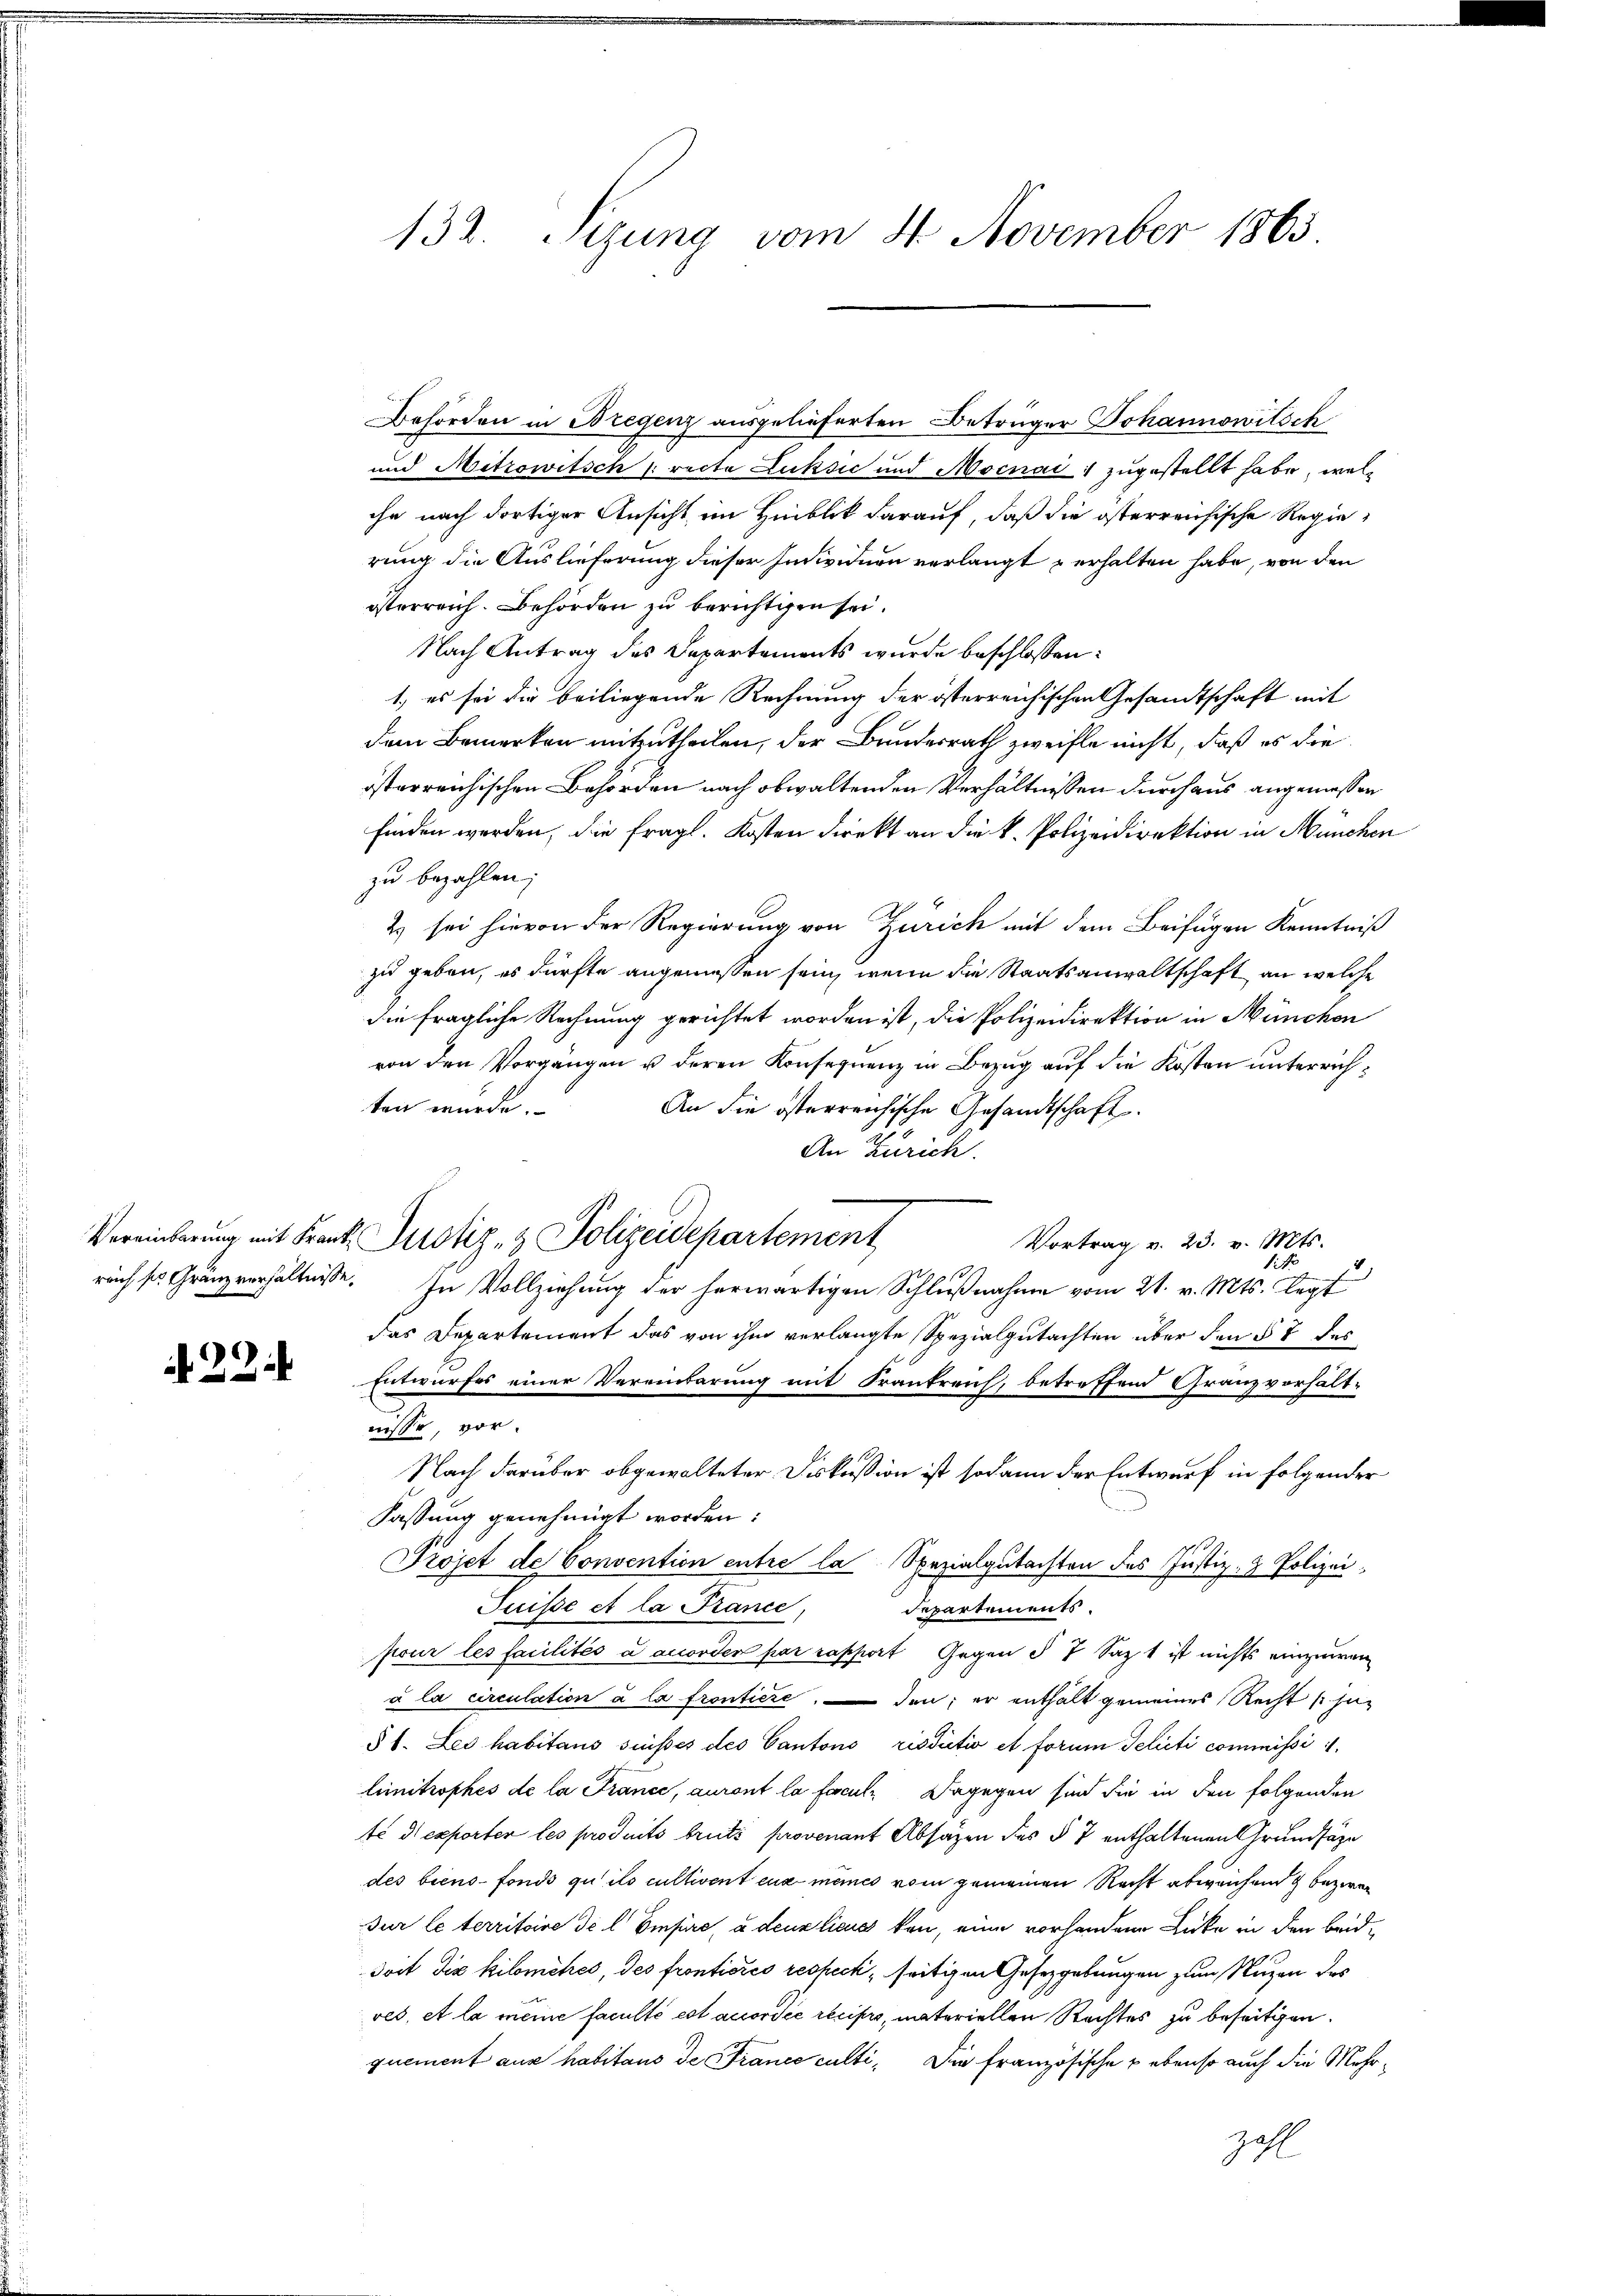
Vereinbarung mit Krant¬

N 22.

132. Sizung vom 4. November 1863.

Behörden in Bregenz ausgelieferten Betrüger Johannowitsch
und Mitrowitsch (recte Luksić und Mocnai zugestellt habe, welchn nach dortiger Ansicht im Hinblick darauf, daß die österreichische Regierung die Auslieferung dieser Individuen verlangt erhalten habe, von den
österreich. Behörden zu berichtigen sei.
Nach Antrag des Departements wurde beschlossen:
1.) es sei die beiliegende Rechnung der österreichischen Gesandtschaft mit
dem Bemerken mitzutheilen, der Bundesrath zweifle nicht, daß es die
österreichischen Behörden nach obwaltenden Verhältnissen durchaus angemessen
finden worden, die fragl. Kosten direkt an die k. Polizeidirektion in München
zu bezahlen;
2 sei hievon der Regierung von Zürich mit dem Beifügen Kenntniß
zu geben, es dürfte angemessen sein, wenn die Staatsanwaltschaft an welche
die fragliche Rechnung gerichtet worden ist, die Polizeidirektion in München
von den Vorgängen u deren Konsequenz in Bezug auf die Kosten unterrichten wurde.
An die österreichische Gesandtschaft.
An Zürich.
 Justiz- & Polizeidepartement
Vortrag v. 23. v. Mts.
in
reich so Gränzverhältnisse. In Vollziehung der herwärtigen Schlußnahme vom 21. v. Mts. legt
das Departement das von ihm verlangte Spezialgutachten über den § 7 des
Entwurfes einer Vereinbarung mit Frankreich, betreffend Granzverhältnisse, vor.
Nach darüber obgewalteter Diskußion ist sodann der Entwurf in folgender
Fassung genehmigt worden:
Projet de Convention entre la Spezialgutachten des Justiz- & Polizei¬
Suisse et la France,
departements.
pour les facilités a anorden par rapport Gegen § 7 sagt ist nichts einzuwen
à la circulation à la fronticreden; er enthält gemeines Recht schie
§ 1. Les habitans suisses des Cantons risdictio et forum Selicti commissi i
limitrophes de la France, auront la facul¬ Dagegen sind die in den folgenden
t d exporter les produits brutz provenant Absagen des § 7 enthaltenen Grundsäze
des biens-fonds qu’ils cultivent eux mêmes vom gemeinen Recht abweichen bezwei
Jur le territoire de l. Eisure, a denklicus kan, eine vorhandene Lücke in den beid¬
Soit die Kilomihes, des fronticres respeck, seitigen Gesetzgebungen zum Nuzen des
ves, et la meine Faculté est accordée recipro, materiellen Rechtes zu beseitigen.
quement aus habitaus de France culti¬ Die französische ebenso auch die Mehr¬
Zahl